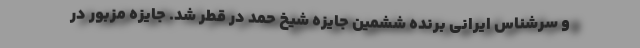
و سرشناس ایرانی برنده ششمین جایزه شیخ حمد در قطر شد. جایزه مزبور در